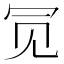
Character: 𫤸